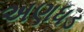
અણધડ